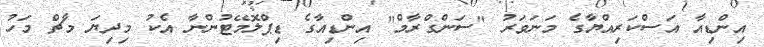
އިންޑިއާ އަސްކަރިއްޔާގެ މަަނަވަރު "ސަންގްރާމް" އިންޑިއާގެ ޑިޕްލޮމޭޓުންނާ އެކު މިދިޔަ މާޗް މަހު